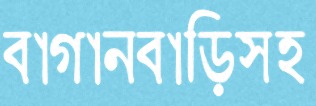
বাগানবাড়িসহ